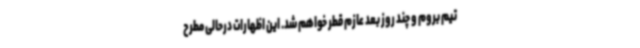
تیم بروم و چند روز بعد عازم قطر خواهم شد. این اظهارات درحالی مطرح